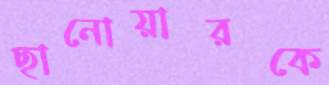
ছানোয়ারকে